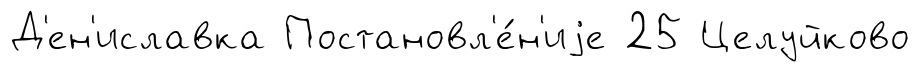
Д'ен'иславка Постановл'е́н'иjе 25 Целуйково